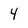
Character: 4